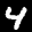
Label: 4